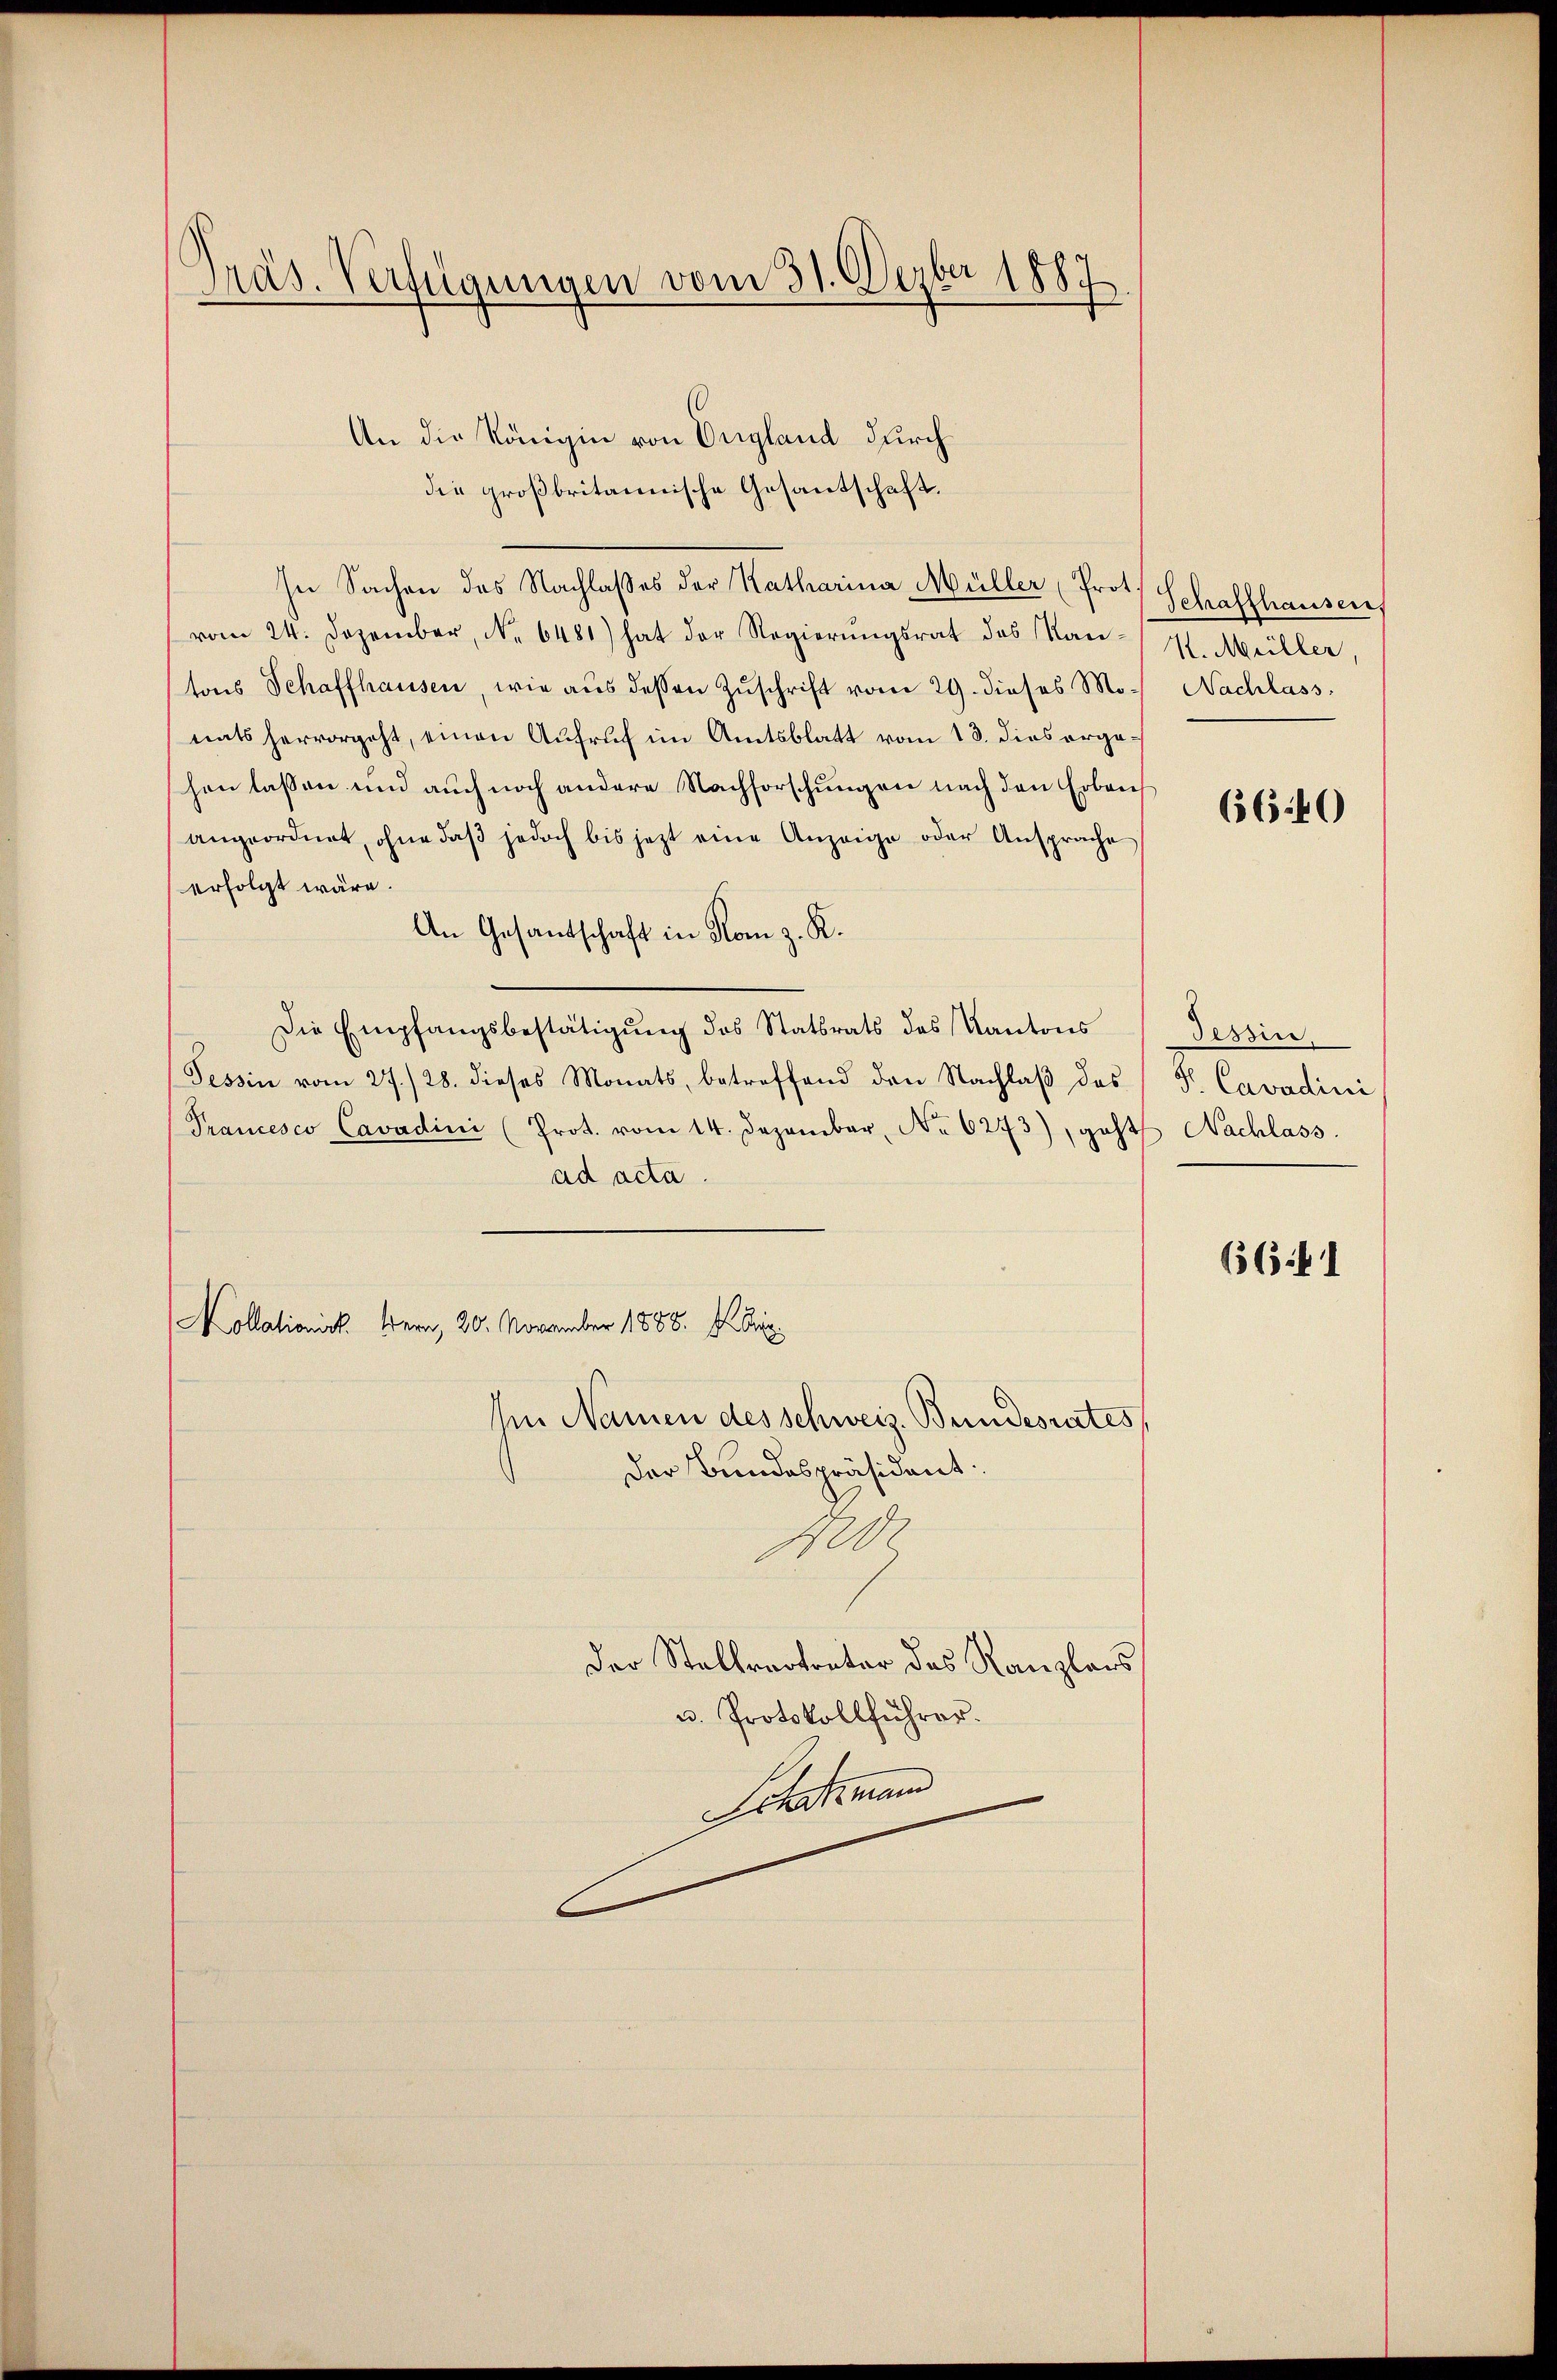
Präs. Verfügungen vom 31. Dezbr 1887.

An die Königin von England durch
die großbritannische Gesantschaft.
In Sachen das Nachlasses der Katharina Müller (Prot. Schaffhausen.
vom 24. Dezember, No. 6481) hat der Regierungsrat des Kantons Schaffhausen, wie aŭs dessen Zŭschrift vom 29. dieses Mo. Nachlass
nats hervorgeht, einen Aufruf im Amtsblatt vom 13. dies orgahen lassen und auch noch andere Nachforschungen nach den Erbauf
angeordnet, ohne daβ jedoch bis jezt eine Anzeige oder Ansprache
erfolgt wäre.
An Gesantschaft in Komm z. R.
Die Empfangsbestätigŭng des Statsrats des Kantons
Tessin vom 27./28. dieses Monats, betreffend den Nachlaß des
Prancesco Cavadini (Prot. vom 14. Dezember, No. 6273), geht Nachlass.
ad acta.
Kollationist. Bern, 20. November 1888. 1. Dez.
Im Namen des Schweiz. Bundesrates
der Bundespräsident.
100
Der Stellvertreter des Kanzlers
u. Protokollführer.
Schemand

K. Müller,

6640

Tessin.
S. Cavadini

66.41